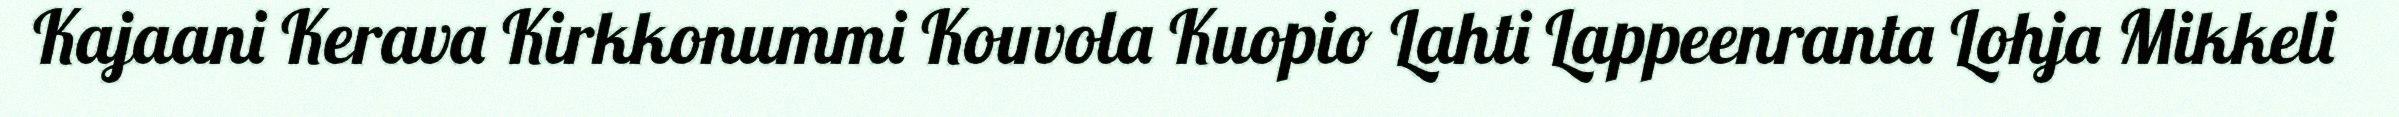
Kajaani Kerava Kirkkonummi Kouvola Kuopio Lahti Lappeenranta Lohja Mikkeli